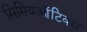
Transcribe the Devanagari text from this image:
सिमियऑटिक्स